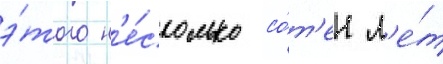
э́того н'е́сколько со́т'ен л'е́т